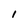
Character: 1